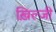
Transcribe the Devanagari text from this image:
ख़िल्जी